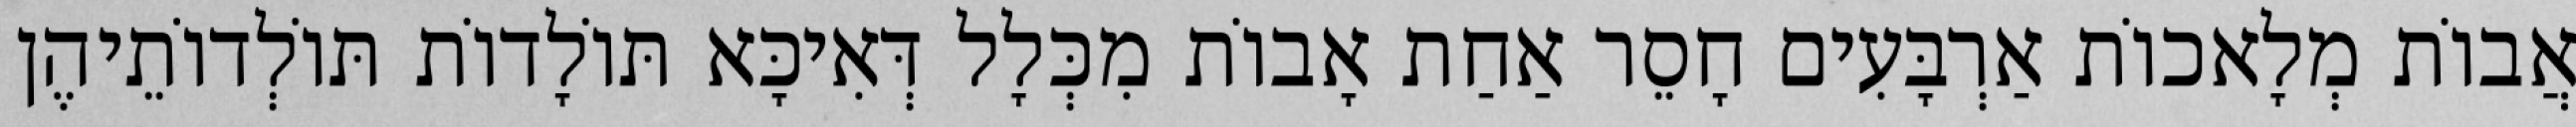
אֲבוֹת מְלָאכוֹת אַרְבָּעִים חָסֵר אַחַת אָבוֹת מִכְּלָל דְּאִיכָּא תּוֹלָדוֹת תּוֹלְדוֹתֵיהֶן